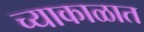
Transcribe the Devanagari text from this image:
च्याकाळात